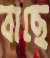
বাছে